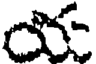
య